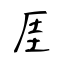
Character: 厓